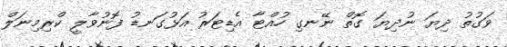
ވަގުތު ދިޔަ ނުދިޔަ ގޮތް ނޭނގި ހުއްޓާ އެޑިޓަރު އަޅުގަނޑު ފޮނުވާލީ ކްރިމިނަލް